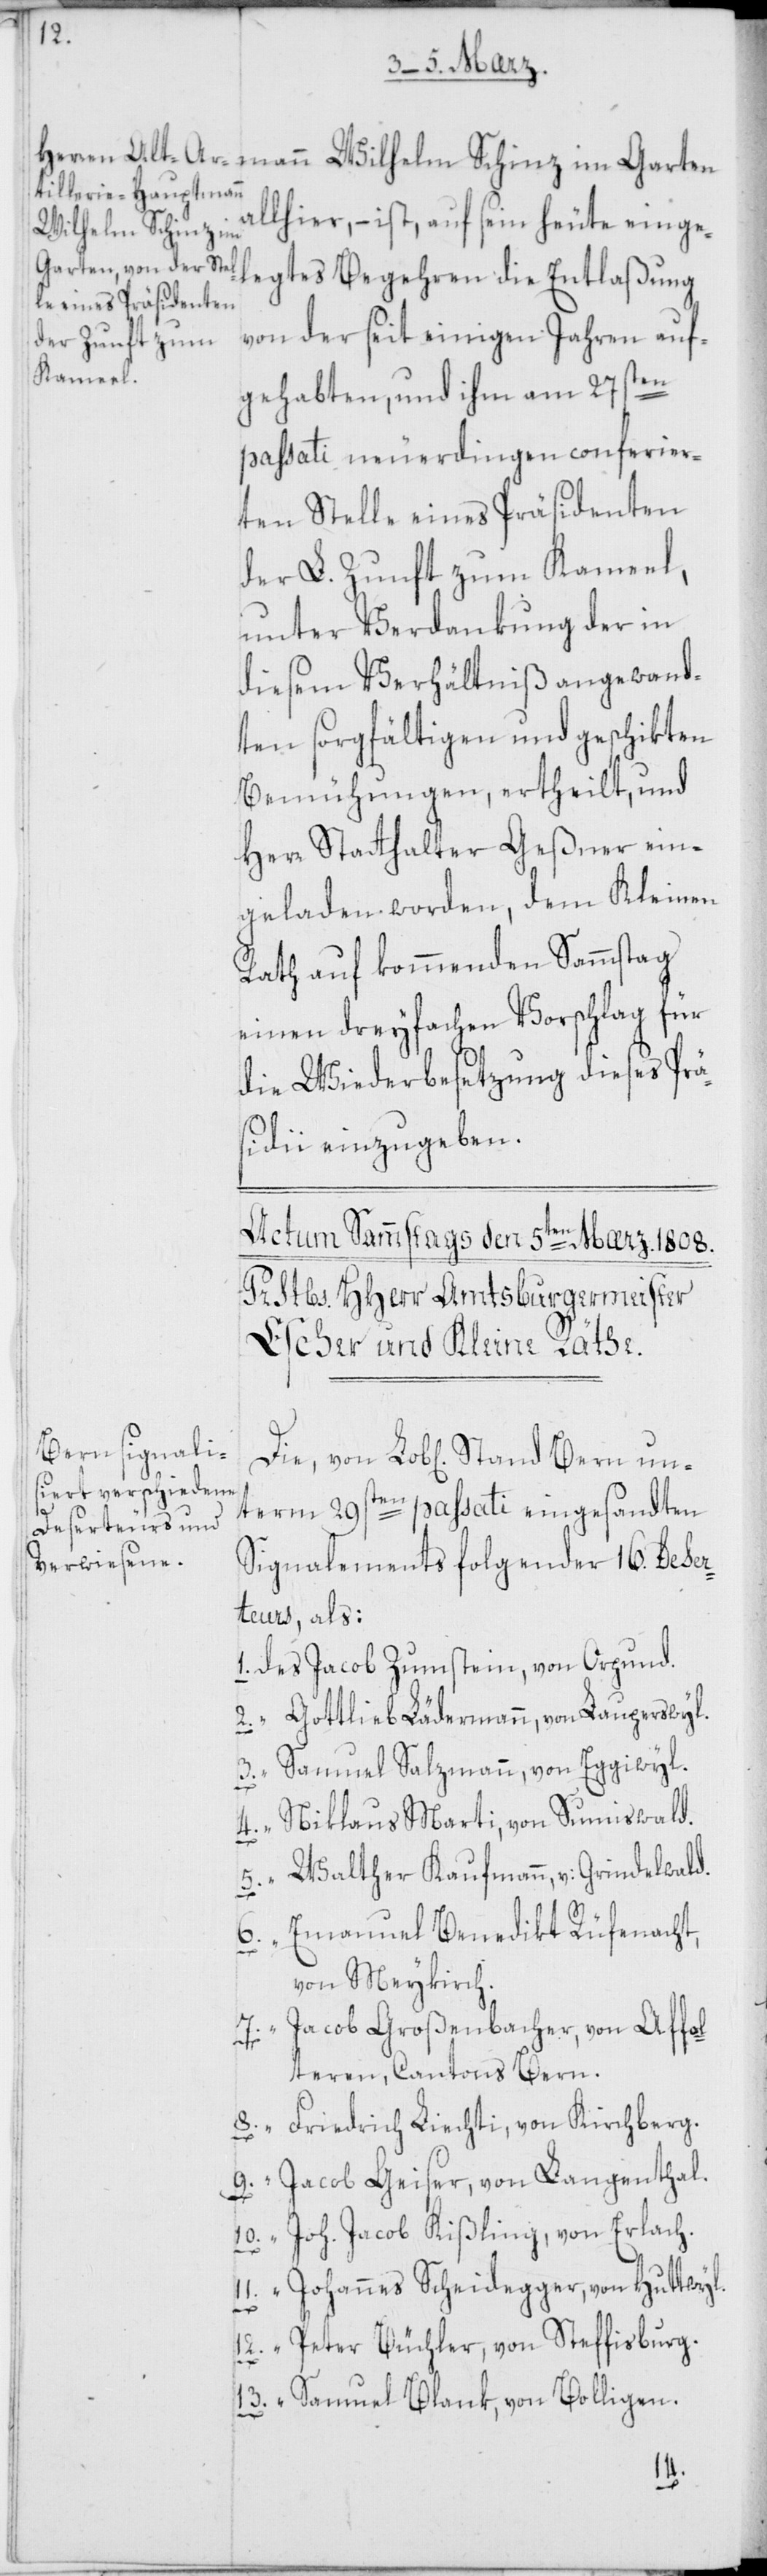
allhier, – ist auf sein heute einge¬
Wilhelm Schinz im
von der seit einigen Jahren auf¬
gehabten, und ihm am 27sten
passati neuerdingen conferier¬
ten Stelle eines Präsidenten
der L. Zunft zum Kameel,
unter Verdankung der in
diesem Verhältniß angewand¬
ten sorgfältigen und geschikten
Bemühungen, ertheilt, und
Herr Statthalter Geßner ein¬
geladen worden, dem Kleinen
Rath auf kommenden Sammstag
einen dreyfachen Vorschlag für
die Wiederbesetzung dieses Prä¬
sidii einzugeben.
term 29sten passati eingesandten
Signalements folgender 16 Deser¬
teurs, als:
1. des Jacob Zumstein, von Orpund.
2. “ Gottlieb Lädermann, von Lauperswyl.
3. “ Samuel Salzmann, von Eggiwyl.
“ Niklaus Marti, von Sumiswald.
Walther Kaufmann, v: Grindelwald.
6.
“
Emanuel Benedikt Rüfenacht,
5.
von Meykirch.
7. “ Jacob Großenbacher, von Affo¬
lteren, Cantons Bern.
“ Friedrich Liechti, von Kirchberg.
9. “ Jacob Geiser, von Langenthal.
10. “ Joh. Jacob Kißling, von Erlach.
11. “ Johannes Scheidegger, von Huttwil.
12. “ Peter Büchler, von Steffisburg.
13. “ Samuel Blank, von Bolligen.
8.